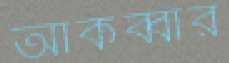
আকব্বার